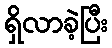
ရှိလာခဲ့ပြီး